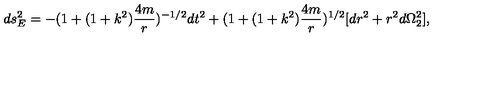
d s _ { E } ^ { 2 } = - ( 1 + ( 1 + k ^ { 2 } ) \frac { 4 m } { r } ) ^ { - 1 / 2 } d t ^ { 2 } + ( 1 + ( 1 + k ^ { 2 } ) \frac { 4 m } { r } ) ^ { 1 / 2 } [ d r ^ { 2 } + r ^ { 2 } d \Omega _ { 2 } ^ { 2 } ] ,